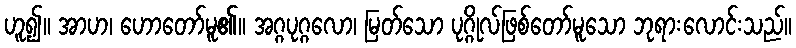
ဟူ၍။ အာဟ၊ ဟောတော်မူ၏။ အဂ္ဂပုဂ္ဂလော၊ မြတ်သော ပုဂ္ဂိုလ်ဖြစ်တော်မူသော ဘုရားလောင်းသည်။